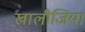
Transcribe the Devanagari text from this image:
खालीजिया